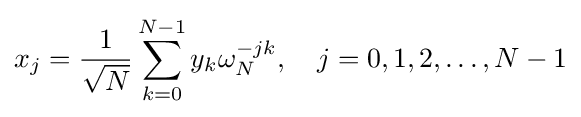
x_{j}={\frac {1}{\sqrt {N}}}\sum _{k=0}^{N-1}y_{k}\omega _{N}^{-jk},\quad j=0,1,2,\ldots ,N-1